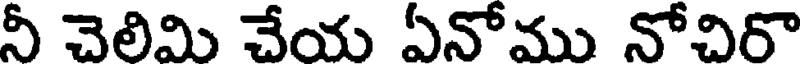
నీ చెలిమి చేయ ఏనోము నోచిరొ